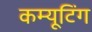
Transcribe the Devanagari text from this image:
कम्यूटिंग